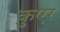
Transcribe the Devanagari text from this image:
कुएर